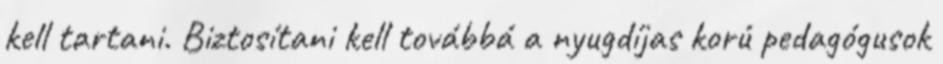
kell tartani. Biztosítani kell továbbá a nyugdíjas korú pedagógusok